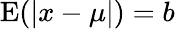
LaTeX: \operatorname{E}(|x-\mu|)=b